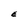
Character: E